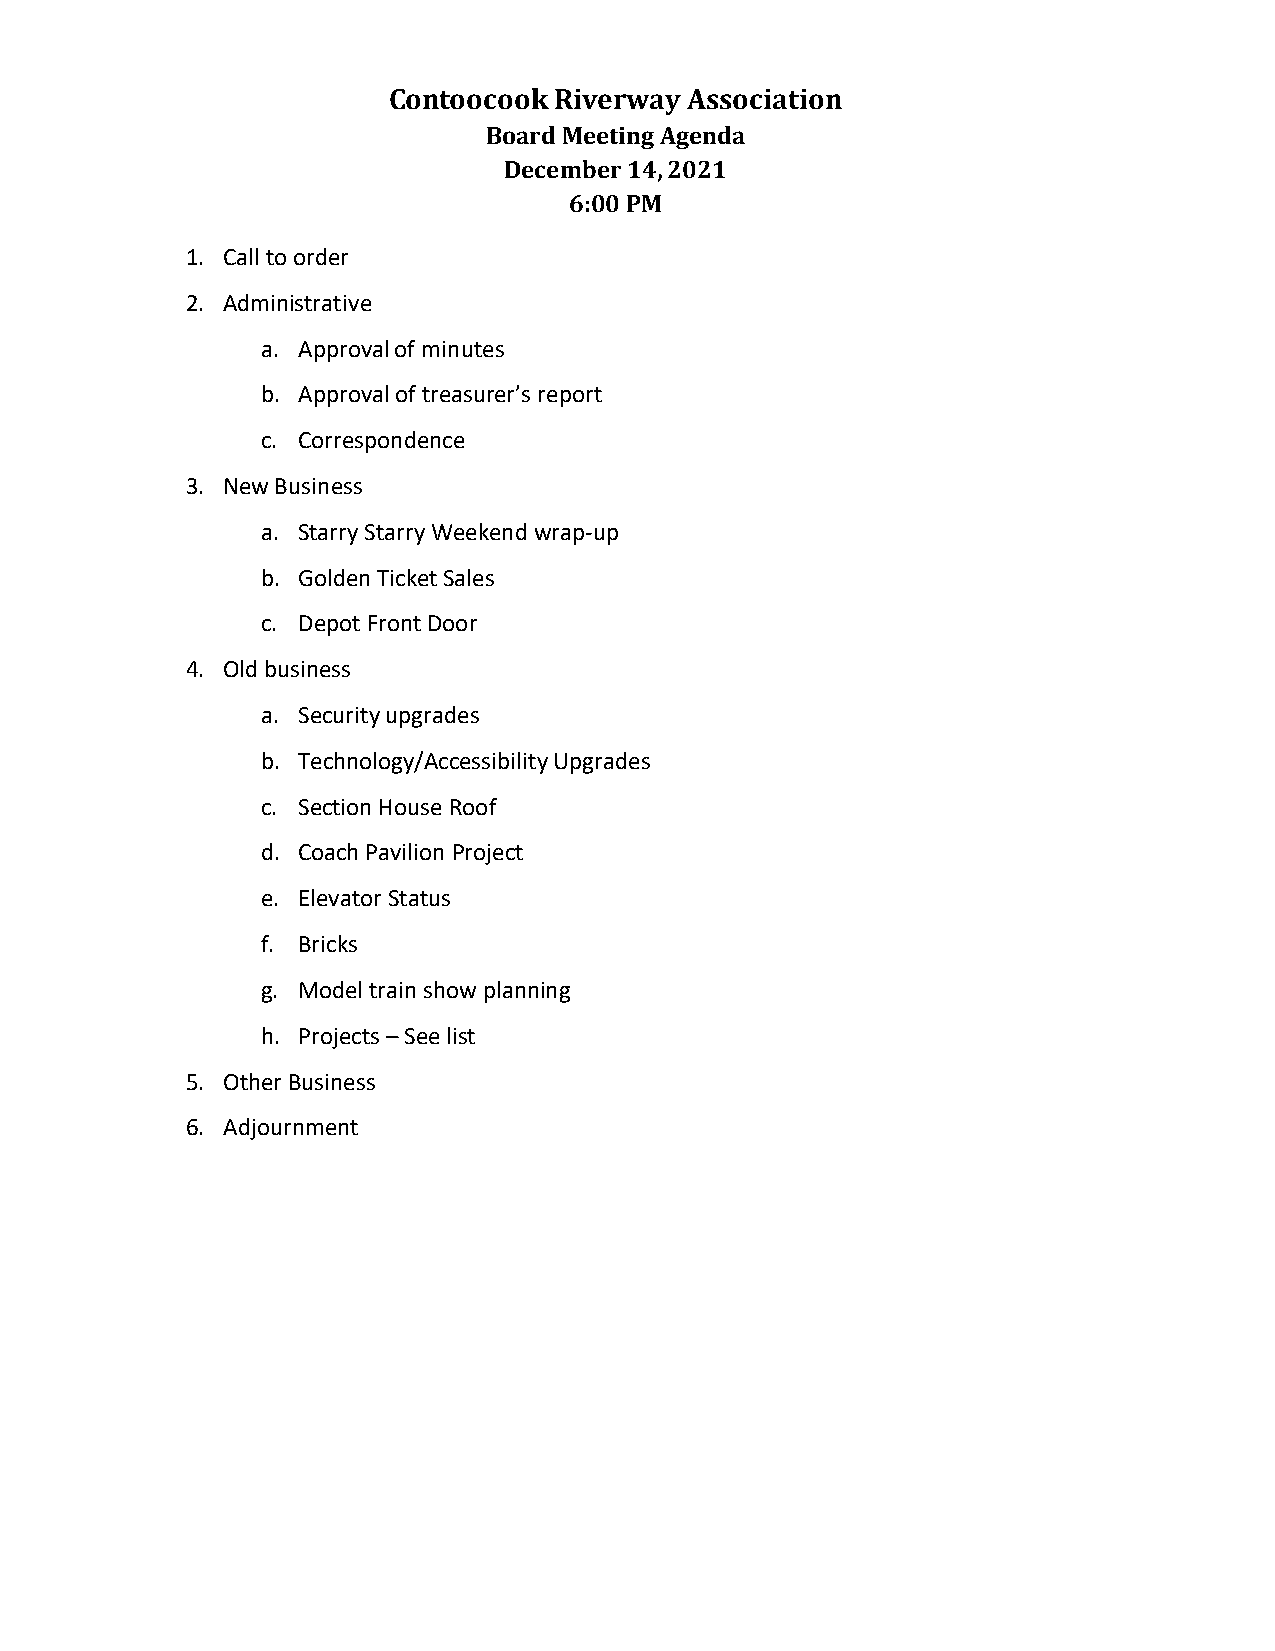
Contoocook Riverway Association
 Board Meeting Agenda
 December 14, 2021
 6:00 PM
 1. Call to order
 2. Administrative
 a. Approval of minutes
 b. Approval of treasurer’s report
 c. Correspondence
 3. New Business
 a. Starry Starry Weekend wrap-up
 b. Golden Ticket Sales
 c. Depot Front Door
 4. Old business
 a. Security upgrades
 b. Technology/Accessibility Upgrades
 c. Section House Roof
 d. Coach Pavilion Project
 e. Elevator Status
 f. Bricks
 g. Model train show planning
 h. Projects – See list
 5. Other Business
 6. Adjournment